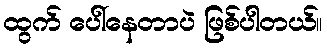
ထွက် ပေါ်နေတာပဲ ဖြစ်ပါတယ်။